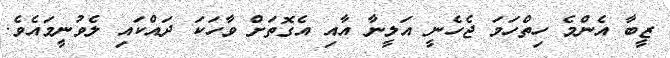
ޒީބާ އެންމެ ހިތްހަމަ ޖެހެނީ އަލީނާ އާއި އެގޮތަށް ވާހަކަ ދައްކައި ލެވުނީމައެވެ.